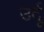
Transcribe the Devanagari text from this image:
उर्दूू